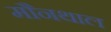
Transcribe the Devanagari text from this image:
मौनथाल